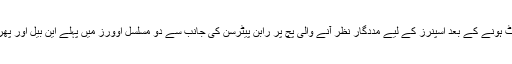
تجربہ کار این بیل اور جوناتھن ٹراٹ نے میچ سنبھالنے کی کوشش کی لیکن جوناتھن ٹراٹ کے آؤٹ ہونے کے بعد اسپنرز کے لیے مددگار نظر آنے والی پچ پر رابن پیٹرسن کی جانب سے دو مسلسل اوورز میں پہلے این بیل اور پھر روی بوپارا کو آؤٹ کرنے نے میچ کا وزن مکمل طور پر جنوبی افریقہ کے پلڑے میں جھکا دیا۔